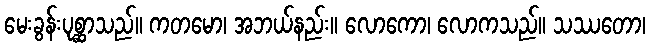
မေးခွန်းပုစ္ဆာသည်။ ကတမော၊ အဘယ်နည်း။ လောကော၊ လောကသည်။ သဿတော၊